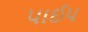
પાઈપ